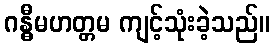
ဂန္ဓီမဟတ္တမ ကျင့်သုံးခဲ့သည်။